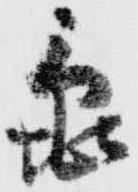
亀